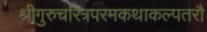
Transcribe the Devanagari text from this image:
श्रीगुरुचरित्रपरमकथाकल्पतरौ